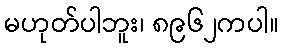
မဟုတ်ပါဘူး၊ ၈၉၆၂ကပါ။